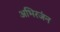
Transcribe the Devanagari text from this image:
अभिरजंन